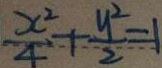
\frac { x ^ { 2 } } { 4 } + \frac { y ^ { 2 } } { 2 } = 1